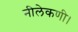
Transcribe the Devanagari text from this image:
नीलेकणी।